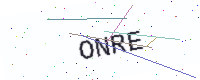
Text: ONRE